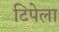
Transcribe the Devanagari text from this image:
टिपेला